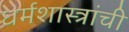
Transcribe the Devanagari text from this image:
धर्मशास्त्रांची